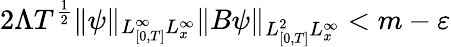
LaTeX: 2\Lambda T^{\frac{1}{2}}\lVert\psi\rVert_{L_{[0,T]}^{\infty}L_{x}^{\infty}}\lVert B\psi\rVert_{L_{[0,T]}^{2}L_{x}^{\infty}}<m-\varepsilon